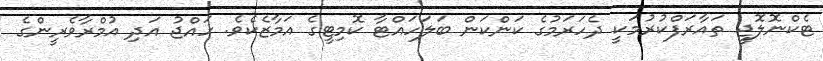
ޓެކްނޮލޮޖީ ތައާރަފްކުރުމަކީ ދެހަރަމުގެ ކަންކަން ބަލަހައްޓާ ކޮމިޓީގެ އަމާޒެކެވެ. ހައްޖު އަދި އުމްރާވެރީންގެ